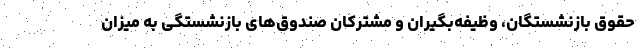
حقوق بازنشستگان، وظیفه‌بگیران و مشترکان صندوق‌های بازنشستگی به میزان